Medical and sanitary report of the native army of Madras for the year
Year: 1875
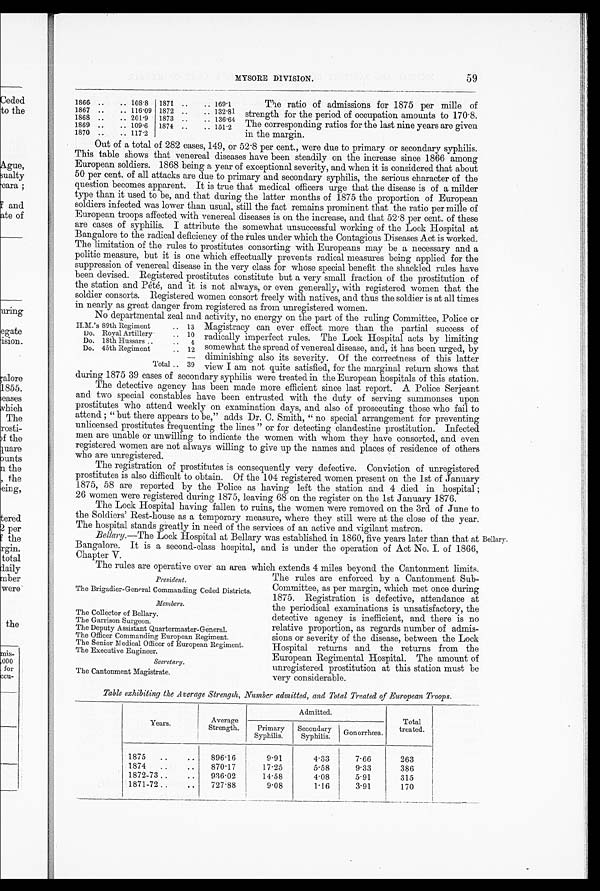
MYSORE DIVISION.
59
1866 ..
.. 108.8 1871 ..
. .
1 6 9 . 1
1867 ..
.. 116.09 1872 ..
.. 132.81
1868 ..
.. 201.9 1873 ..
.. 136.64
1869 ..
.. 109.6 1874 ..
.. 151.2
1870 ..
.. 117.2
The ratio of admissions for 1875 per mille of
strength for the period of occupation amounts to 170.8.
The corresponding ratios for the last nine years are given
in the margin.
Out of a total of 282 cases, or 52-8 per cent., were due to primary or secondary syphilis.
This table shows that venereal diseases have been steadily on the increase since 1866 among
European soldiers. 1868 being a year of exceptional severity, and when it is considered that about
50 per cent. of all attacks are due to primary and secondary syphilis, the serious character of the
question becomes apparent. It is true that medical officers urge that the disease is of a milder
type than it used to be, and that during the latter months of 1875 the proportion of European
soldiers infected was lower than usual, still the fact remains prominent that the ratio per mille of
European troops affected with venereal diseases is on the increase, and that 52.8 per cent. of these
are cases of syphilis. I attribute the somewhat unsuccessful working of the Lock Hospital at
Bangalore to the radical deficiency of the rules under which the Contagious Diseases Act is worked.
The limitation of the rules to prostitutes consorting with Europeans may be a necessary and a
politic measure, but it is one which effectually prevents radical measures being applied for the
suppression of venereal disease in the very class for whose special benefit the shackled rules have
been devised. Registered prostitutes constitute but a very small fraction of the prostitution of
the station and Pété, and it is not always, or even generally, with registered women that the
soldier consorts. Registered women consort freely with natives, and thus the soldier is at all times
in nearly as great danger from registered as from unregistered women.
No departmental zeal and activity, no energy on the part of the ruling Committee, Police or
Magistracy can ever effect more than the partial success of
radically imperfect rules. The Lock Hospital acts by limiting
somewhat the spread of venereal disease, and, it has been urged, by
diminishing also its severity. Of the correctness of this latter
view I am not quite satisfied, for the marginal return shows that
during 1875 39 cases of secondary syphilis were treated in the European hospitals of this station.
The detective agency has been made more efficient since last report. A Police Serjeant
and two special constables have been entrusted with the duty of serving summonses upon
prostitutes who attend weekly on examination days, and also of prosecuting those who fail to
attend ; " but there appears to be," adds Dr. C. Smith, " no special arrangement for preventing
unlicensed prostitutes frequenting the lines " or for detecting clandestine prostitution. Infected
men are unable or unwilling to indicate the women with whom they have consorted, and even
registered women are not always willing to give up the names and places of residence of others
who are unregistered.
The registration of prostitutes is consequently very defective. Conviction of unregistered
prostitutes is also difficult to obtain. Of the 104 registered women present on the 1st of January
1875, 58 are reported by the Police as having left the station and 4 died in hospital ;
26 women were registered during 1875, leaving 68 on the register on the 1st January 1876.
The Lock Hospital having fallen to ruins, the women were removed on the 3rd of June to
the Soldiers' Rest-house as a temporary measure, where they still were at the close of the year.
The hospital stands greatly in need of the services of an active and vigilant matron.
Bellary.—The Lock Hospital at Bellary was established in 1860, five years later than that at
Bangalore. It is a second-class hospital, and is under the operation of Act No. I. of 1866,
Chapter V
The rules are operative over an area which extends 4 miles beyond the Cantonment limits.
beyon
The rules are enforced by a Cantonment Sub-
Committee, as per margin, which met once during
1875. Registration is defective, attendance at
the periodical examinations is unsatisfactory, the
detective agency is inefficient, and there is no
relative proportion, as regards number of admis-
sions or severity of the disease, between the Lock
Hospital returns and the returns from the
European Regimental Hospital. The amount of
unregistered prostitution at this station must be
very considerable.
Table exhibiting the Average Strength, Number admitted, and Total Treated of European Troops.
Years.
Average
Strength.
Admitted.
Total
treated.
Primary
Syphilis.
Secondary
Syphilis. Gonorrhoea.
1875
..
..
896.16
9.91
4.33
7.66
263
1874
..
..
870.17
17.25
5.58
9.33
386
1872-73..
..
936.02
14.58
4.08 I5.91
315
1871-72..
..
727.88
9.08
1.16
3.91
170
H.M.'s 89th Regiment
.. 13
Do. Royal Artillery
.. 10
Do. 18th Hussars ..
.. 4
Do. 45th Regiment
.. 12
T o t a l
..
3 9
President.
The Brigadier-General Commanding Ceded Districts.
Members.
The Collector of Bellary.
The Garrison Surgeon.
The Deputy Assistant Quartermaster-General.
The Officer Commanding European Regiment.
The Senior Medical Officer of European Regiment.
The Executive Engineer.
Secretary.
The Cantonment Magistrate.